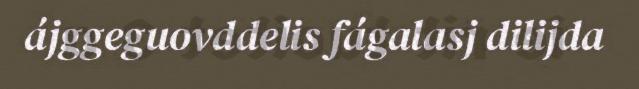
ájggeguovddelis fágalasj dilijda